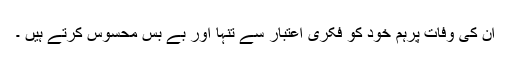
ان کی وفات پرہم خود کو فکری اعتبار سے تنہا اور بے بس محسوس کرتے ہیں ۔